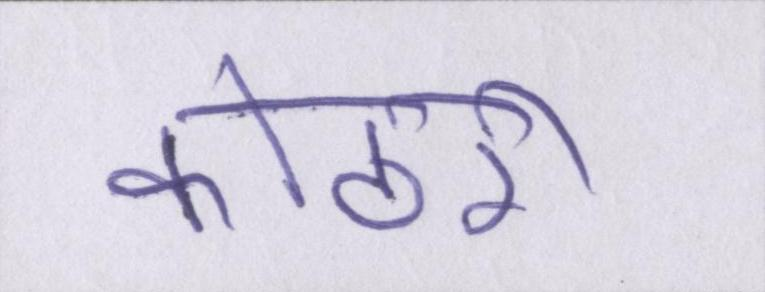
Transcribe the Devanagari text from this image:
कोठरी